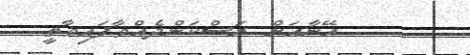
އޭނާއަށް ރަސްކަންދެއްވާފައިވާތީ